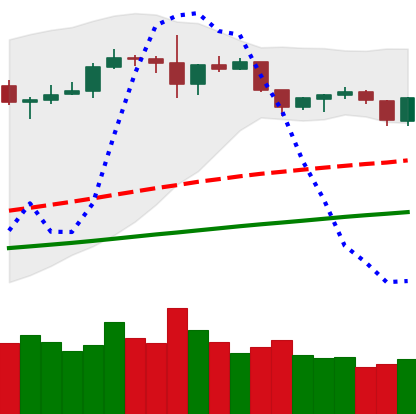
Ticker: ETH-USD
Chart end date: 2019-06-10
Forward return: 8.686%
Label: up_7plus